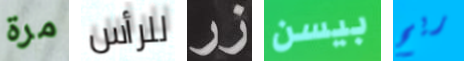
مرة للرأس زر بيسن ريح